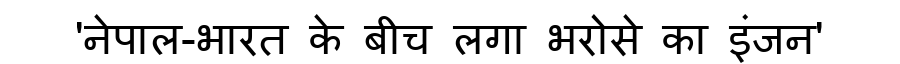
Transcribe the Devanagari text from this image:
'नेपाल-भारत के बीच लगा भरोसे का इंजन'